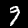
Label: 9